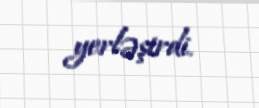
yerləşirdi.